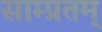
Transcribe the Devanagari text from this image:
साम्प्रतम्